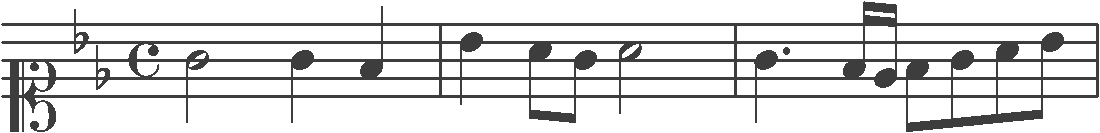
Transcription: clef-C1 keySignature-BbM timeSignature-C note-G4_half note-G4_quarter note-F4_quarter barline note-Bb4_quarter note-A4_eighth note-G4_eighth note-A4_half barline note-G4_quarter. note-F4_sixteenth note-Eb4_sixteenth note-F4_eighth note-G4_eighth note-A4_eighth note-Bb4_eighth barline